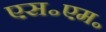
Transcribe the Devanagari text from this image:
एस॰एम॰